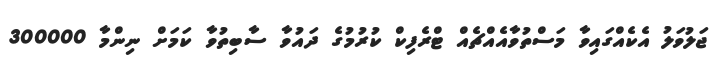
ޖަލުވަލު އެކެއްގައިވާ މަސްތުވާއެއްޗެއް ޓްރެފިކް ކުރުމުގެ ދައުވާ ސާބިތުވާ ކަމަށް ނިންމާ 300000